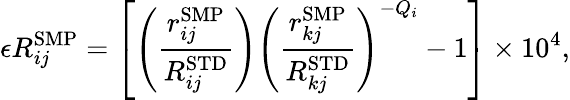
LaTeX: \epsilon R_{ij}^{\mathrm{{SMP}}}={\left[{\left(\frac{r_{ij}^{\mathrm{{SMP}}}}{R_{ij}^{\mathrm{{STD}}}}\right)}{\left(\frac{r_{kj}^{\mathrm{{SMP}}}}{R_{kj}^{\mathrm{{STD}}}}\right)}^{-Q_{i}}-1\right]}\times 10^{4},